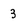
Character: 3